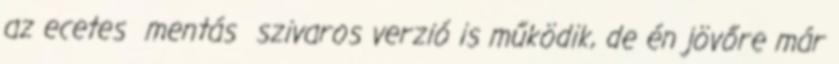
az ecetes mentás szivaros verzió is működik, de én jövőre már